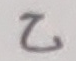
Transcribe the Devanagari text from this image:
ट